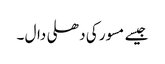
جیسے مسور کی دھلی دال ۔